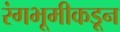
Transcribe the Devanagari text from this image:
रंगभूमीकडून